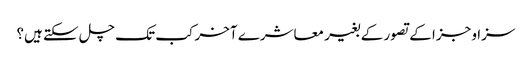
سزا و جزا کے تصور کے بغیر معاشرے آخر کب تک چل سکتے ہیں؟